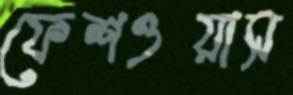
ফেশওয়াস